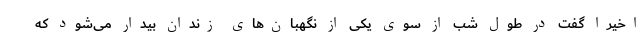
اخیرا گفت در طول شب از سوی یکی از نگهبان‌های زندان بیدار می‌شود که